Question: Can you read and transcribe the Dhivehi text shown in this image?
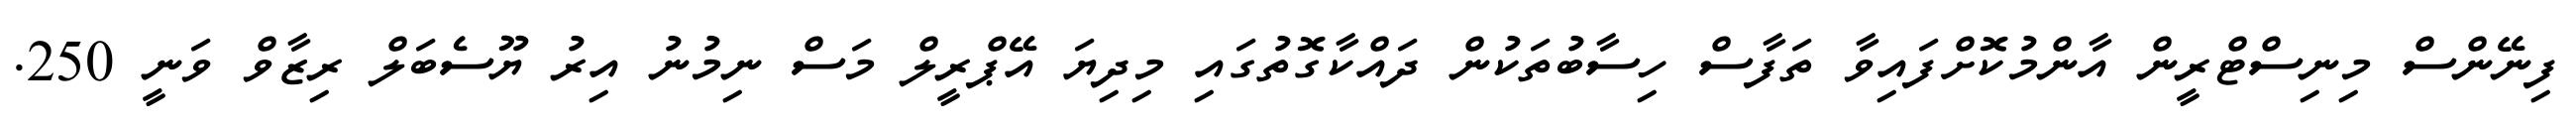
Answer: ފިނޭންސް މިނިސްޓްރީން އާންމުކޮށްފައިވާ ތަފާސް ހިސާބުތަކުން ދައްކާގޮތުގައި މިދިޔަ އޭޕްރީލް މަސް ނިމުނު އިރު ޔޫސެބަލް ރިޒާވް ވަނީ 250.